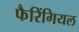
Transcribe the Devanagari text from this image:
फैरिंगियल